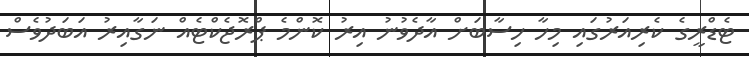
ޓެޑްރީގެ ކެރިއަރުގައި މިހާ ހިސާބަށް އާދެވުނު އިރު ކޮންމެ ޕްރޮޖެކްޓެއް ނަގާއިރު އަބަދުވެސް